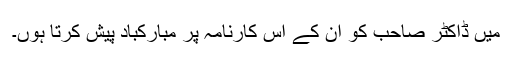
میں ڈاکٹر صاحب کو ان کے اس کارنامہ پر مبارکباد پیش کرتا ہوں۔